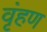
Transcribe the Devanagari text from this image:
वृंहण